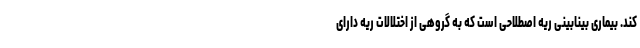
کند. بیماری بینابینی ریه اصطلاحی است که به گروهی از اختلالات ریه دارای